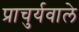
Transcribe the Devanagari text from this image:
प्राचुर्यवाले